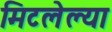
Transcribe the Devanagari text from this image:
मिटलेल्या